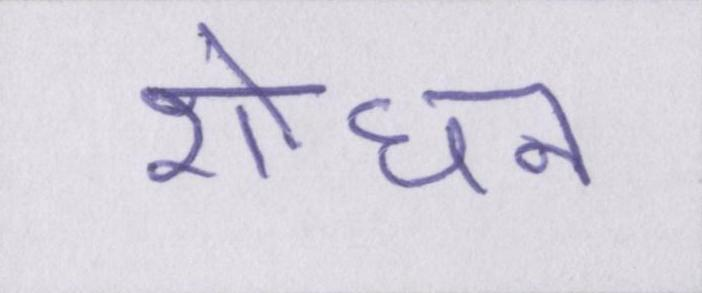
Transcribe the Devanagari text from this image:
शोधन